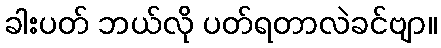
ခါးပတ် ဘယ်လို ပတ်ရတာလဲခင်ဗျာ။